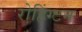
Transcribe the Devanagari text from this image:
रोहिंग्टन